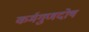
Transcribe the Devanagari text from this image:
कर्मगुणदोष